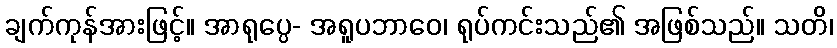
ချက်ကုန်အားဖြင့်။ အာရုပ္ပေ- အရူပဘာဝေ၊ ရုပ်ကင်းသည်၏ အဖြစ်သည်။ သတိ၊